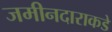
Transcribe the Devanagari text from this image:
जमीनदाराकडे